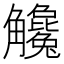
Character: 𧥓